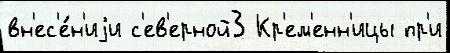
вн'ес'е́н'иjи с'ев'ерной3 Кр'ем'енн'ицы пр'и